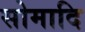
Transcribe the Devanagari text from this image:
सोमादि